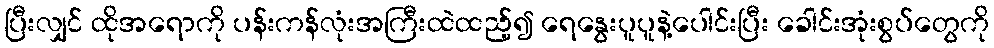
ပြီးလျှင် ထိုအရောကို ပန်းကန်လုံးအကြီးထဲထည့်၍ ရေနွေးပူပူနဲ့ပေါင်းပြီး ခေါင်းအုံးစွပ်တွေကို